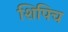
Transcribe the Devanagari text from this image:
शिपिच